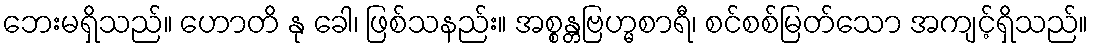
ဘေးမရှိသည်။ ဟောတိ နု ခေါ၊ ဖြစ်သနည်း။ အစ္စန္တဗြဟ္မစာရီ၊ စင်စစ်မြတ်သော အကျင့်ရှိသည်။